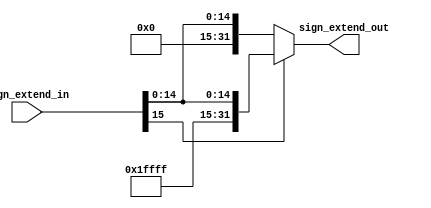
`timescale 10 ns / 1 ns
	
	
module sign_extend(
	input [15:0]sign_extend_in,
	output [31:0]sign_extend_out
);

assign sign_extend_out=(sign_extend_in[15]?{16'b1111_1111_1111_1111,sign_extend_in}:{16'b0000_0000_0000_0000,sign_extend_in});


endmodule